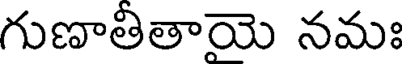
గుణాతితాయె నమః